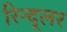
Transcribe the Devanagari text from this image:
रिन्द्लर